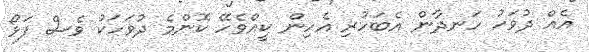
އެއް ދުވަހު ހަނދާން އެބަހުރި އެހިން ކީއްވެހޭ ކޮންމެ ދުވަހަކު ވެސް ފަޅޯ